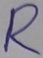
Text: R